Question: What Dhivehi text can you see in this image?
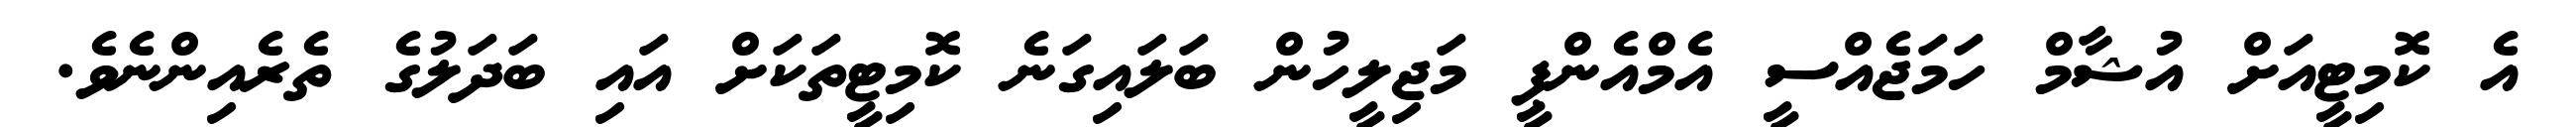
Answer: އެ ކޮމިޓީއަށް އުޝާމް ހަމަޖެއްސީ އެމްއެންޕީ މަޖިލީހުން ބަލައިގަނެ ކޮމިޓީތަކަށް އައި ބަދަލުގެ ތެރެއިންނެވެ.